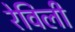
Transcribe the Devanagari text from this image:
रेविली